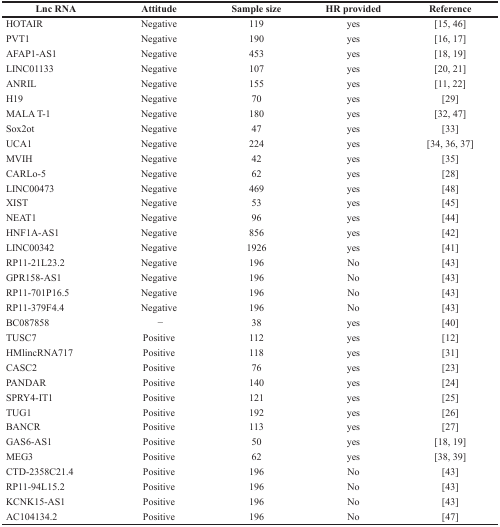
<table><thead><tr><td><b>Lnc RNA</b></td><td><b>Attitude</b></td><td><b>Sample size</b></td><td><b>HR provided</b></td><td><b>Reference</b></td></tr></thead><tbody><tr><td>HOTAIR</td><td>Negative</td><td>119</td><td>yes</td><td>[15, 46]</td></tr><tr><td>PVT1</td><td>Negative</td><td>190</td><td>yes</td><td>[16, 17]</td></tr><tr><td>AFAP1-AS1</td><td>Negative</td><td>453</td><td>yes</td><td>[18, 19]</td></tr><tr><td>LINC01133</td><td>Negative</td><td>107</td><td>yes</td><td>[20, 21]</td></tr><tr><td>ANRIL</td><td>Negative</td><td>155</td><td>yes</td><td>[11, 22]</td></tr><tr><td>H19</td><td>Negative</td><td>70</td><td>yes</td><td>[29]</td></tr><tr><td>MALA T-1</td><td>Negative</td><td>180</td><td>yes</td><td>[32, 47]</td></tr><tr><td>Sox2ot</td><td>Negative</td><td>47</td><td>yes</td><td>[33]</td></tr><tr><td>UCA1</td><td>Negative</td><td>224</td><td>yes</td><td>[34, 36, 37]</td></tr><tr><td>MVIH</td><td>Negative</td><td>42</td><td>yes</td><td>[35]</td></tr><tr><td>CARLo-5</td><td>Negative</td><td>62</td><td>yes</td><td>[28]</td></tr><tr><td>LINC00473</td><td>Negative</td><td>469</td><td>yes</td><td>[48]</td></tr><tr><td>XIST</td><td>Negative</td><td>53</td><td>yes</td><td>[45]</td></tr><tr><td>NEAT1</td><td>Negative</td><td>96</td><td>yes</td><td>[44]</td></tr><tr><td>HNF1A-AS1</td><td>Negative</td><td>856</td><td>yes</td><td>[42]</td></tr><tr><td>LINC00342</td><td>Negative</td><td>1926</td><td>yes</td><td>[41]</td></tr><tr><td>RP11-21L23.2</td><td>Negative</td><td>196</td><td>No</td><td>[43]</td></tr><tr><td>GPR158-AS1</td><td>Negative</td><td>196</td><td>No</td><td>[43]</td></tr><tr><td>RP11-701P16.5</td><td>Negative</td><td>196</td><td>No</td><td>[43]</td></tr><tr><td>RP11-379F4.4</td><td>Negative</td><td>196</td><td>No</td><td>[43]</td></tr><tr><td>BC087858</td><td>−</td><td>38</td><td>yes</td><td>[40]</td></tr><tr><td>TUSC7</td><td>Positive</td><td>112</td><td>yes</td><td>[12]</td></tr><tr><td>HMlincRNA717</td><td>Positive</td><td>118</td><td>yes</td><td>[31]</td></tr><tr><td>CASC2</td><td>Positive</td><td>76</td><td>yes</td><td>[23]</td></tr><tr><td>PANDAR</td><td>Positive</td><td>140</td><td>yes</td><td>[24]</td></tr><tr><td>SPRY4-IT1</td><td>Positive</td><td>121</td><td>yes</td><td>[25]</td></tr><tr><td>TUG1</td><td>Positive</td><td>192</td><td>yes</td><td>[26]</td></tr><tr><td>BANCR</td><td>Positive</td><td>113</td><td>yes</td><td>[27]</td></tr><tr><td>GAS6-AS1</td><td>Positive</td><td>50</td><td>yes</td><td>[18, 19]</td></tr><tr><td>MEG3</td><td>Positive</td><td>62</td><td>yes</td><td>[38, 39]</td></tr><tr><td>CTD-2358C21.4</td><td>Positive</td><td>196</td><td>No</td><td>[43]</td></tr><tr><td>RP11-94L15.2</td><td>Positive</td><td>196</td><td>No</td><td>[43]</td></tr><tr><td>KCNK15-AS1</td><td>Positive</td><td>196</td><td>No</td><td>[43]</td></tr><tr><td>AC104134.2</td><td>Positive</td><td>196</td><td>No</td><td>[47]</td></tr></tbody></table>